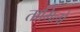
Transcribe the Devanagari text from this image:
तामिलो